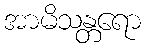
အာမိသန္တရော